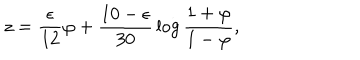
z = { \frac { \epsilon } { 1 2 } } \varphi + { \frac { 1 0 - \epsilon } { 3 0 } } \log { \frac { 1 + \varphi } { 1 - \varphi } } ,